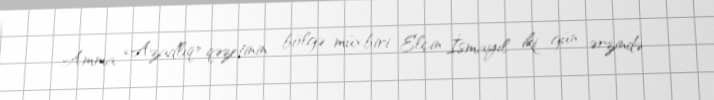
Amma «Azadlıq» qəzetinin bölgə müxbiri Elçin İsmayıl iki gün ərzində